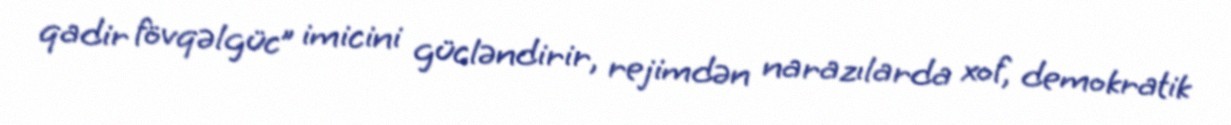
qadir fövqəlgüc” imicini gücləndirir, rejimdən narazılarda xof, demokratik